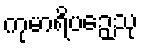
ကုမာရိပဉှေသု